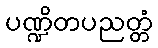
ပဏ္ဍိတပညတ္တံ